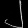
Digit: ၂